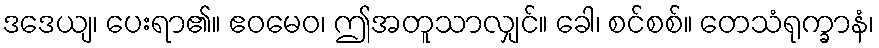
ဒဒေယျ၊ ပေးရာ၏။ ဧဝမေဝ၊ ဤအတူသာလျှင်။ ခေါ၊ စင်စစ်။ တေသံရုက္ခာနံ၊